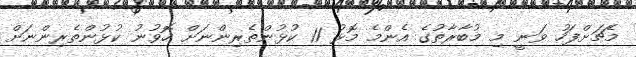
މެޗަށްފަހު ވަނީ މި މުބާރާތުގެ އެންމެ މޮޅު 11 ކުޅުންތެރިންނަށް ހޮވުނު ކުޅުންތެރިންނަށް